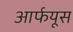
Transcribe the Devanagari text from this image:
आर्फयूस